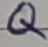
Text: Q